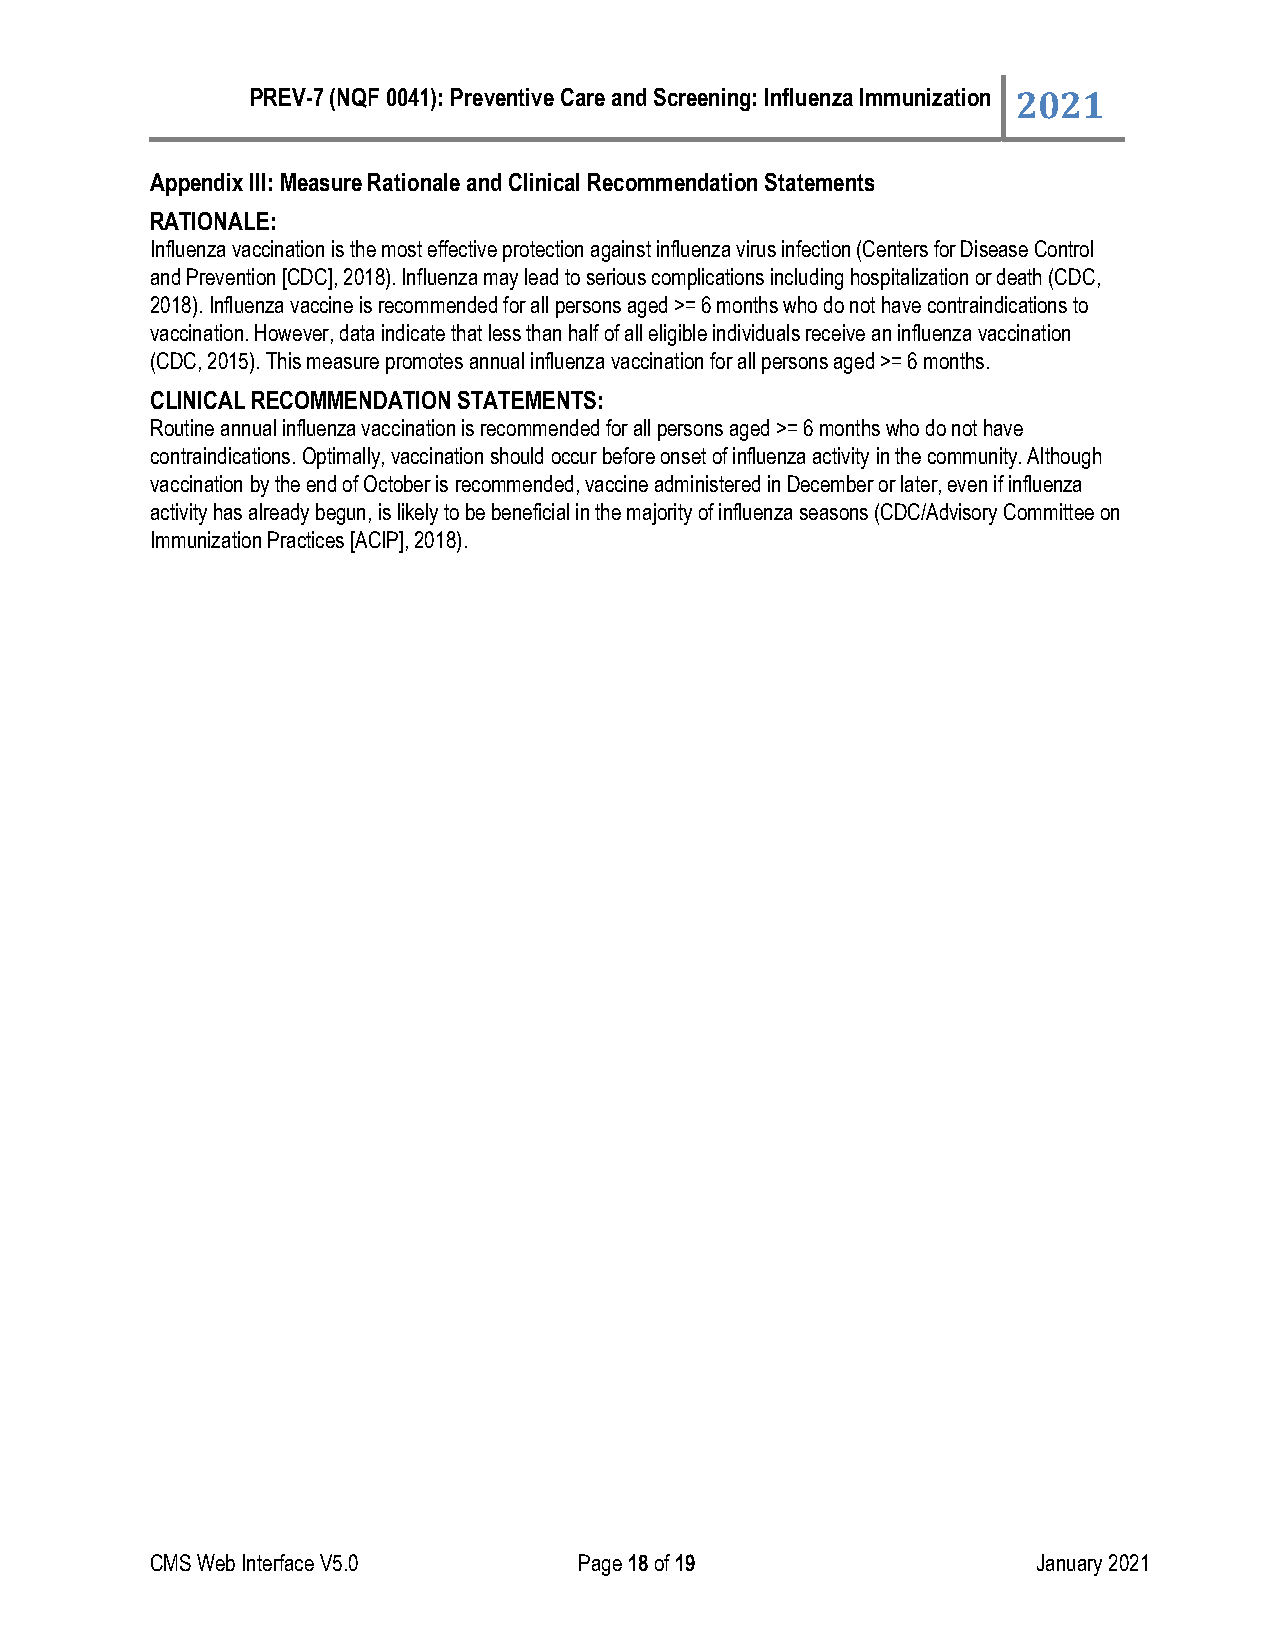
PREV-7 (NQF 0041): Preventive Care and Screening: Influenza Immunization 2021
 Appendix III: Measure Rationale and Clinical Recommendation Statements
 RATIONALE:
 Influenza vaccination is the most effective protection against influenza virus infection (Centers for Disease Control
 and Prevention [CDC], 2018). Influenza may lead to serious complications including hospitalization or death (CDC,
 2018). Influenza vaccine is recommended for all persons aged >= 6 months who do not have contraindications to
 vaccination. However, data indicate that less than half of all eligible individuals receive an influenza vaccination
 (CDC, 2015). This measure promotes annual influenza vaccination for all persons aged >= 6 months.
 CLINICAL RECOMMENDATION STATEMENTS:
 Routine annual influenza vaccination is recommended for all persons aged >= 6 months who do not have
 contraindications. Optimally, vaccination should occur before onset of influenza activity in the community. Although
 vaccination by the end of October is recommended, vaccine administered in December or later, even if influenza
 activity has already begun, is likely to be beneficial in the majority of influenza seasons (CDC/Advisory Committee on
 Immunization Practices [ACIP], 2018).
 CMS Web Interface V5.0      Page 18 of 19                  January 2021